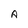
Character: A